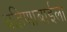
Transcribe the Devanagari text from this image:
बहिणाबाईला